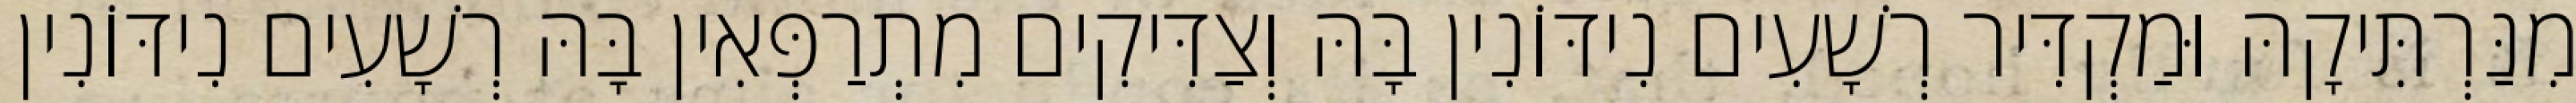
מִנַּרְתִּיקָהּ וּמַקְדִּיר רְשָׁעִים נִידּוֹנִין בָּהּ וְצַדִּיקִים מִתְרַפְּאִין בָּהּ רְשָׁעִים נִידּוֹנִין